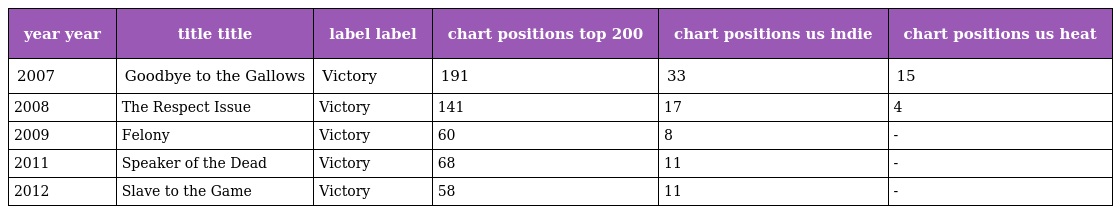
| year year | title title | label label | chart positions top 200 | chart positions us indie | chart positions us heat |
 | --- | --- | --- | --- | --- | --- |
 | 2007 | Goodbye to the Gallows | Victory | 191 | 33 | 15 |
 | 2008 | The Respect Issue | Victory | 141 | 17 | 4 |
 | 2009 | Felony | Victory | 60 | 8 | - |
 | 2011 | Speaker of the Dead | Victory | 68 | 11 | - |
 | 2012 | Slave to the Game | Victory | 58 | 11 | - |